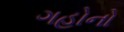
ગહોનો